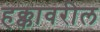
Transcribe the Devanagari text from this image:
हक्कावरील